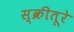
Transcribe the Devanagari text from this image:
स्क्रीतूरे